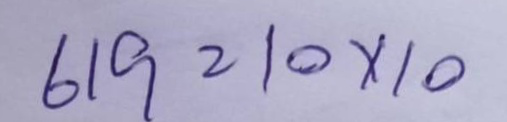
619 = 10x10